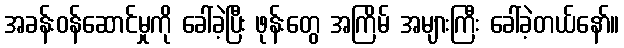
အခန်းဝန်ဆောင်မှုကို ခေါ်ခဲ့ပြီး ဖုန်းတွေ အကြိမ် အများကြီး ခေါ်ခဲ့တယ်နော်။